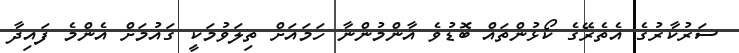
ސަރުކާރުގެ އެތެރޭގެ ކޯޅުންތައް ބޮޑުވެ އާންމުންނާ ހަމައަށް ތިލަވުމަކީ ގައުމަށް އެންމެ ފައިދާ